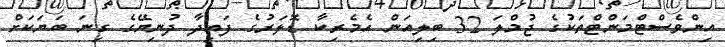
އިންވެސްޓްމަންޓްތަކުގެ ޖުމްލަ 32 ބިލިއަން އެމެރިކާ ޑޮލަރުގެ ފައިދާ ދުނިޔޭގެ ގިނަ ބަޔަކަށް